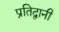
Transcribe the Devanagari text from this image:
प्रतिद्वानी